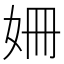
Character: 姍